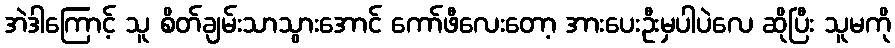
အဲဒါကြောင့် သူ စိတ်ချမ်းသာသွားအောင် ကော်ဖီလေးတော့ အားပေးဦးမှပါပဲလေ ဆိုပြီး သူမကို